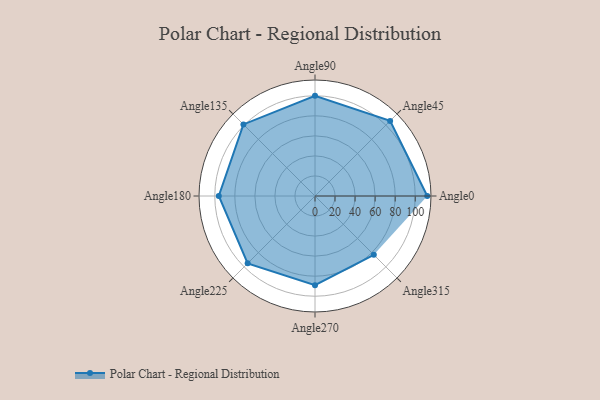
{"axis": {"x": "Angle", "y": "Radius"}, "legend": [""], "data": [{"x": "Angle0", "y": 112.0, "type": ""}, {"x": "Angle45", "y": 106.0, "type": ""}, {"x": "Angle90", "y": 100.0, "type": ""}, {"x": "Angle135", "y": 101.0, "type": ""}, {"x": "Angle180", "y": 96.0, "type": ""}, {"x": "Angle225", "y": 95.0, "type": ""}, {"x": "Angle270", "y": 89.0, "type": ""}, {"x": "Angle315", "y": 83.0, "type": ""}]}